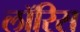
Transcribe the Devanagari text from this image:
लॉरिस